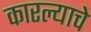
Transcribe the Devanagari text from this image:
कारल्याचे